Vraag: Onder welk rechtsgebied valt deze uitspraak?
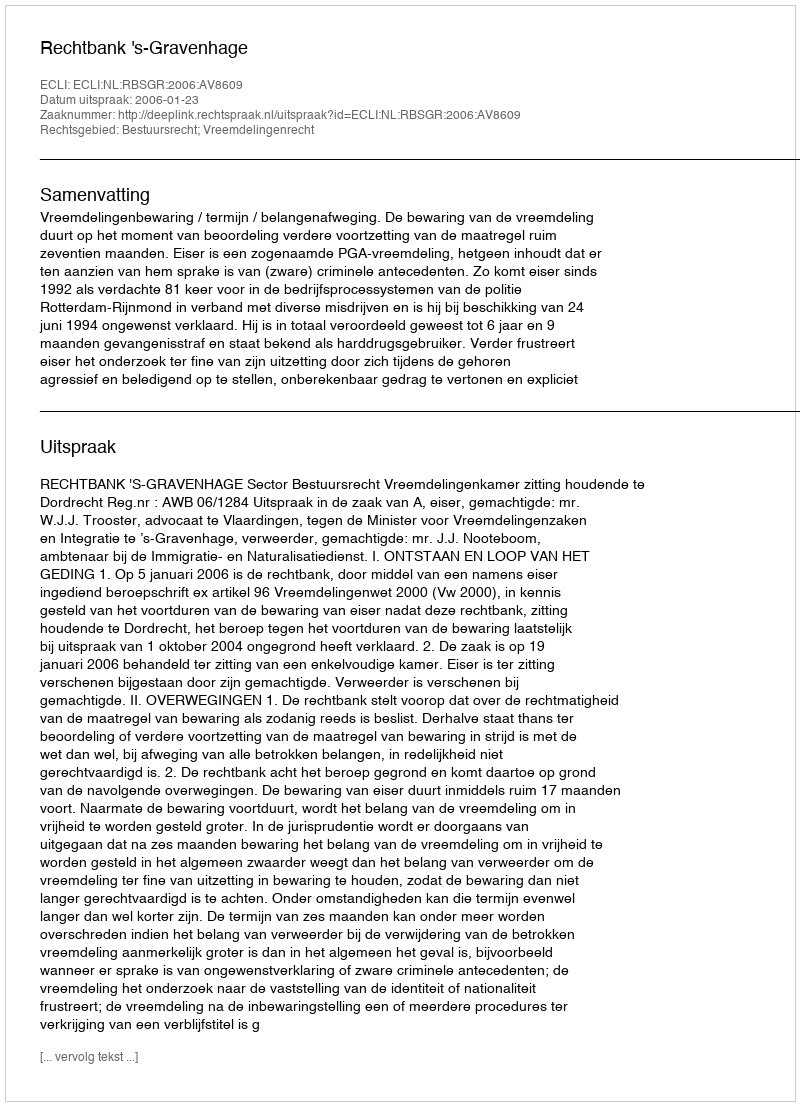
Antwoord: Bestuursrecht; Vreemdelingenrecht